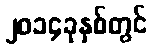
၂၀၁၄ခုနှစ်တွင်